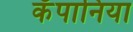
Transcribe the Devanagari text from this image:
कँपानिया